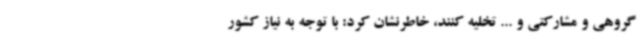
گروهی و مشارکتی و ... تخلیه کنند، خاطرنشان کرد: با توجه به نیاز کشور